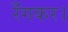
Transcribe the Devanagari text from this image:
रँगकर।